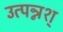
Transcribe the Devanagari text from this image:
उत्पन्नश्